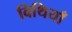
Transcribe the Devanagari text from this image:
विथियाँ